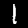
Digit: 1